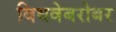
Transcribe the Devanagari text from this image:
विधवेबरोबर